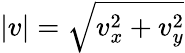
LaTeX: |v|=\sqrt{v_{x}^{2}+v_{y}^{2}}